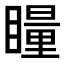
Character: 𭿝